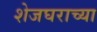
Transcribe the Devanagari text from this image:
शेजघराच्या